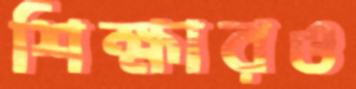
শিক্ষারও